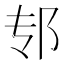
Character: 𫑘